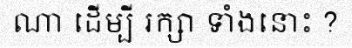
ណា ដើម្បី រក្សា ទាំងនោះ ?